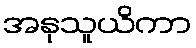
အနုသူယိကာ